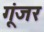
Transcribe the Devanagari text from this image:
गूंजर